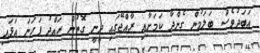
އަބަދުވެސް ބަލަމުން ގެންދާ ކަމަށާއި ރާއްޖޭގައި ދީނީ ގޮތުން ހައްދު ފަހަނަ އަޅައި